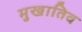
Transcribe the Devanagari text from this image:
मुखातिव